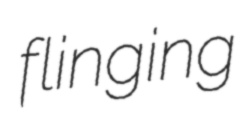
flinging